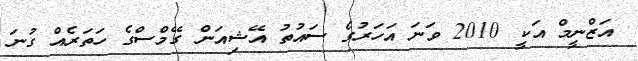
އަޒްނީމް އަކީ 2010 ވަނަ އަހަރުގެ ސައުތު އޭޝިއަން ގޭމްސްގެ ހަތަރެއް ގުނަ